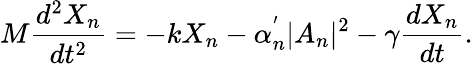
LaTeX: M\frac{d^{2}X_{n}}{dt^{2}}=-kX_{n}-\alpha_{n}^{'}|A_{n}|^{2}-\gamma\frac{dX_{n}}{dt}.